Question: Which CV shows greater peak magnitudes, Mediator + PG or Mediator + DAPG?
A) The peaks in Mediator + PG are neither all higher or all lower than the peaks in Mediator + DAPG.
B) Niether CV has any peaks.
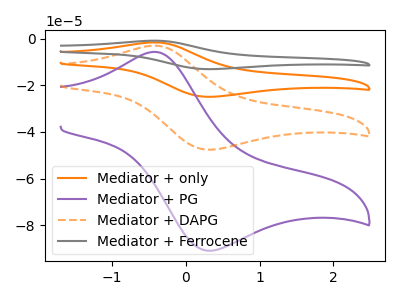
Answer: <think>The orange curve "Mediator + only" has an anodic peak at (-0.40V, -5.90uA) and a cathodic peak at (0.30V, -95.20uA). The purple curve "Mediator + PG" has an anodic peak at (-0.40V, -5.60uA) and a cathodic peak at (0.30V, -90.95uA). The orange dashed curve "Mediator + DAPG" has an anodic peak at (-0.40V, -2.95uA) and a cathodic peak at (0.30V, -47.60uA). The gray curve "Mediator + Ferrocene" has an anodic peak at (-0.40V, -8.80uA) and a cathodic peak at (0.30V, -142.80uA).</think>
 <answer>A) The peaks in "Mediator + PG" are neither all higher or all lower than the peaks in "Mediator + DAPG".</answer>
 <eval>A</eval>